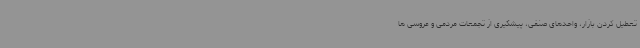
تعطیل کردن بازار، واحدهای صنفی، پیشگیری از تجمعات مردمی و عروسی ها